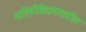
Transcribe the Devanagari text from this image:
माहितीविदागारातील